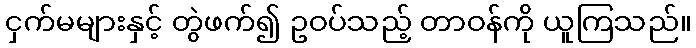
ငှက်မများနှင့် တွဲဖက်၍ ဥဝပ်သည့် တာဝန်ကို ယူကြသည်။